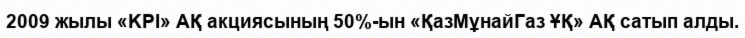
2009 жылы «KPI» АҚ акциясының 50%-ын «ҚазМұнайГаз ҰҚ» АҚ сатып алды.